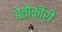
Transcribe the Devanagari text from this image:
बेतौक़ीरी